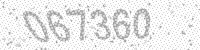
Solution: 067360